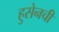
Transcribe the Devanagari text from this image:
हुसेनची